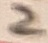
Text: 2